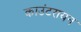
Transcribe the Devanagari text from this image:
काउंटरायन